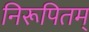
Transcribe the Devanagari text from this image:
निरूपितम्